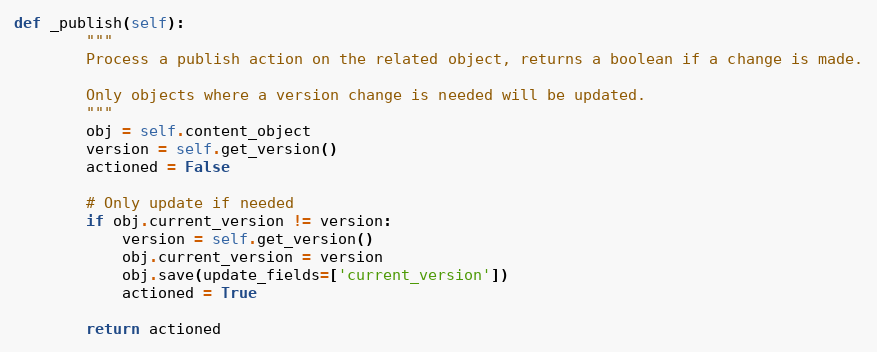
Language: Python
def _publish(self):
        """
        Process a publish action on the related object, returns a boolean if a change is made.

        Only objects where a version change is needed will be updated.
        """
        obj = self.content_object
        version = self.get_version()
        actioned = False

        # Only update if needed
        if obj.current_version != version:
            version = self.get_version()
            obj.current_version = version
            obj.save(update_fields=['current_version'])
            actioned = True

        return actioned